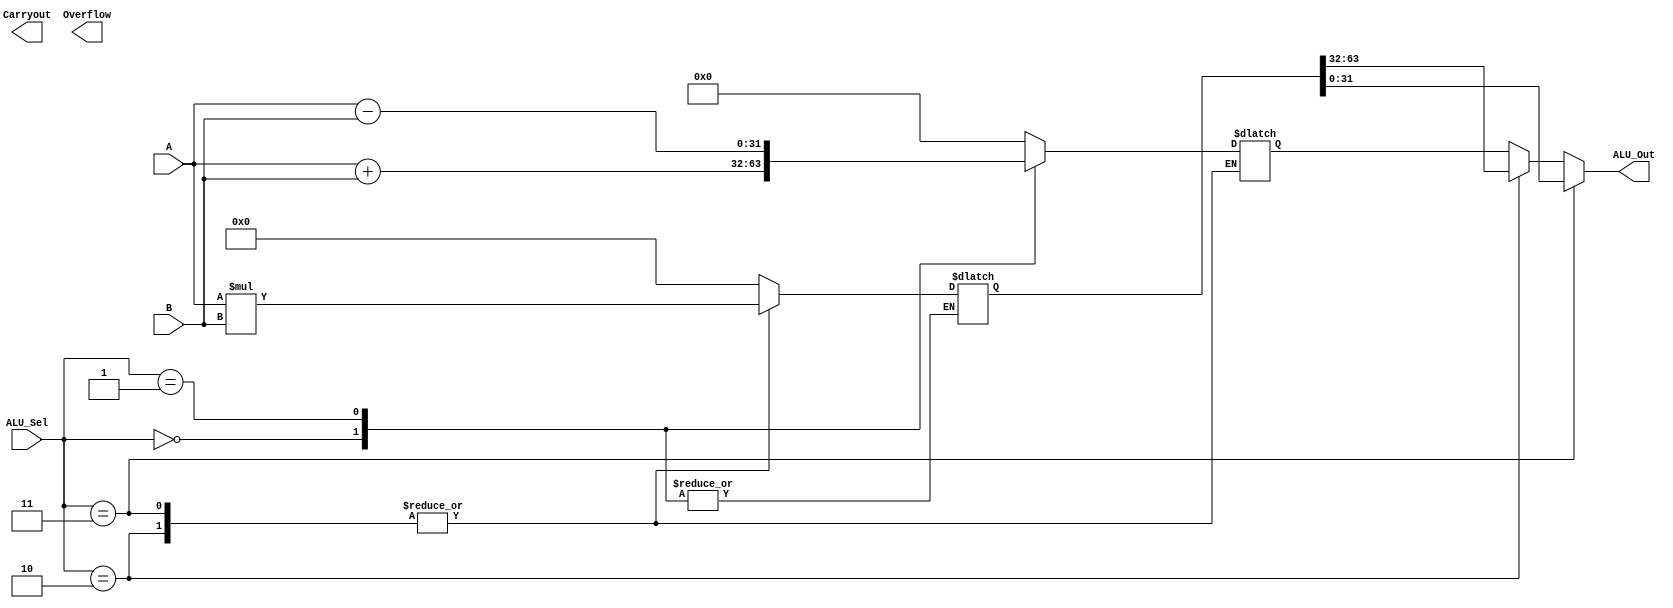
module ALU (A, B, ALU_Sel, ALU_Out, Carryout, Overflow);

//parameters
parameter ADD  = 0;
parameter SUB  = 1;
parameter MUL_HIGH = 2;
parameter MUL_LOW = 3;

//inputs
input [31:0] A;
input [31:0] B;
input [3:0] ALU_Sel;

//outputs
output [31:0] ALU_Out;
output reg Carryout;
output reg Overflow;

// internal signals
// reg[31:0] IN1_reg;
// reg[31:0] IN2_reg;
// reg[31:0] OUT_reg;
reg[31:0] ALU_32Result;
reg[63:0] ALU_64Result;

//implementation
always @(A or B or ALU_Sel)
begin
    case(ALU_Sel)
    
        ADD:        ALU_32Result <= A + B;
        SUB:        ALU_32Result <= A - B;
        MUL_HIGH:	ALU_64Result <= A * B;
        MUL_LOW:	ALU_64Result <= A * B;

        default:    
        begin
            ALU_32Result <= 32'h00000000;
            ALU_64Result <= 64'h0000000000000000;
        end
    endcase
end

assign ALU_Out = (ALU_Sel == MUL_LOW)? ALU_64Result[31:0]: (ALU_Sel == MUL_HIGH)? ALU_64Result[63:32]:ALU_32Result[31:0];

 

endmodule